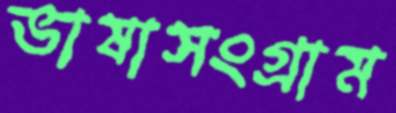
ভাষাসংগ্রাম